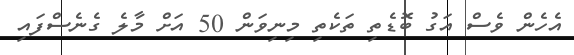
އެހެން ވެސް އަގު ބޮޑެތި ތަކެތި މިނިވަން 50 އަށް މާލެ ގެނެސްފައި